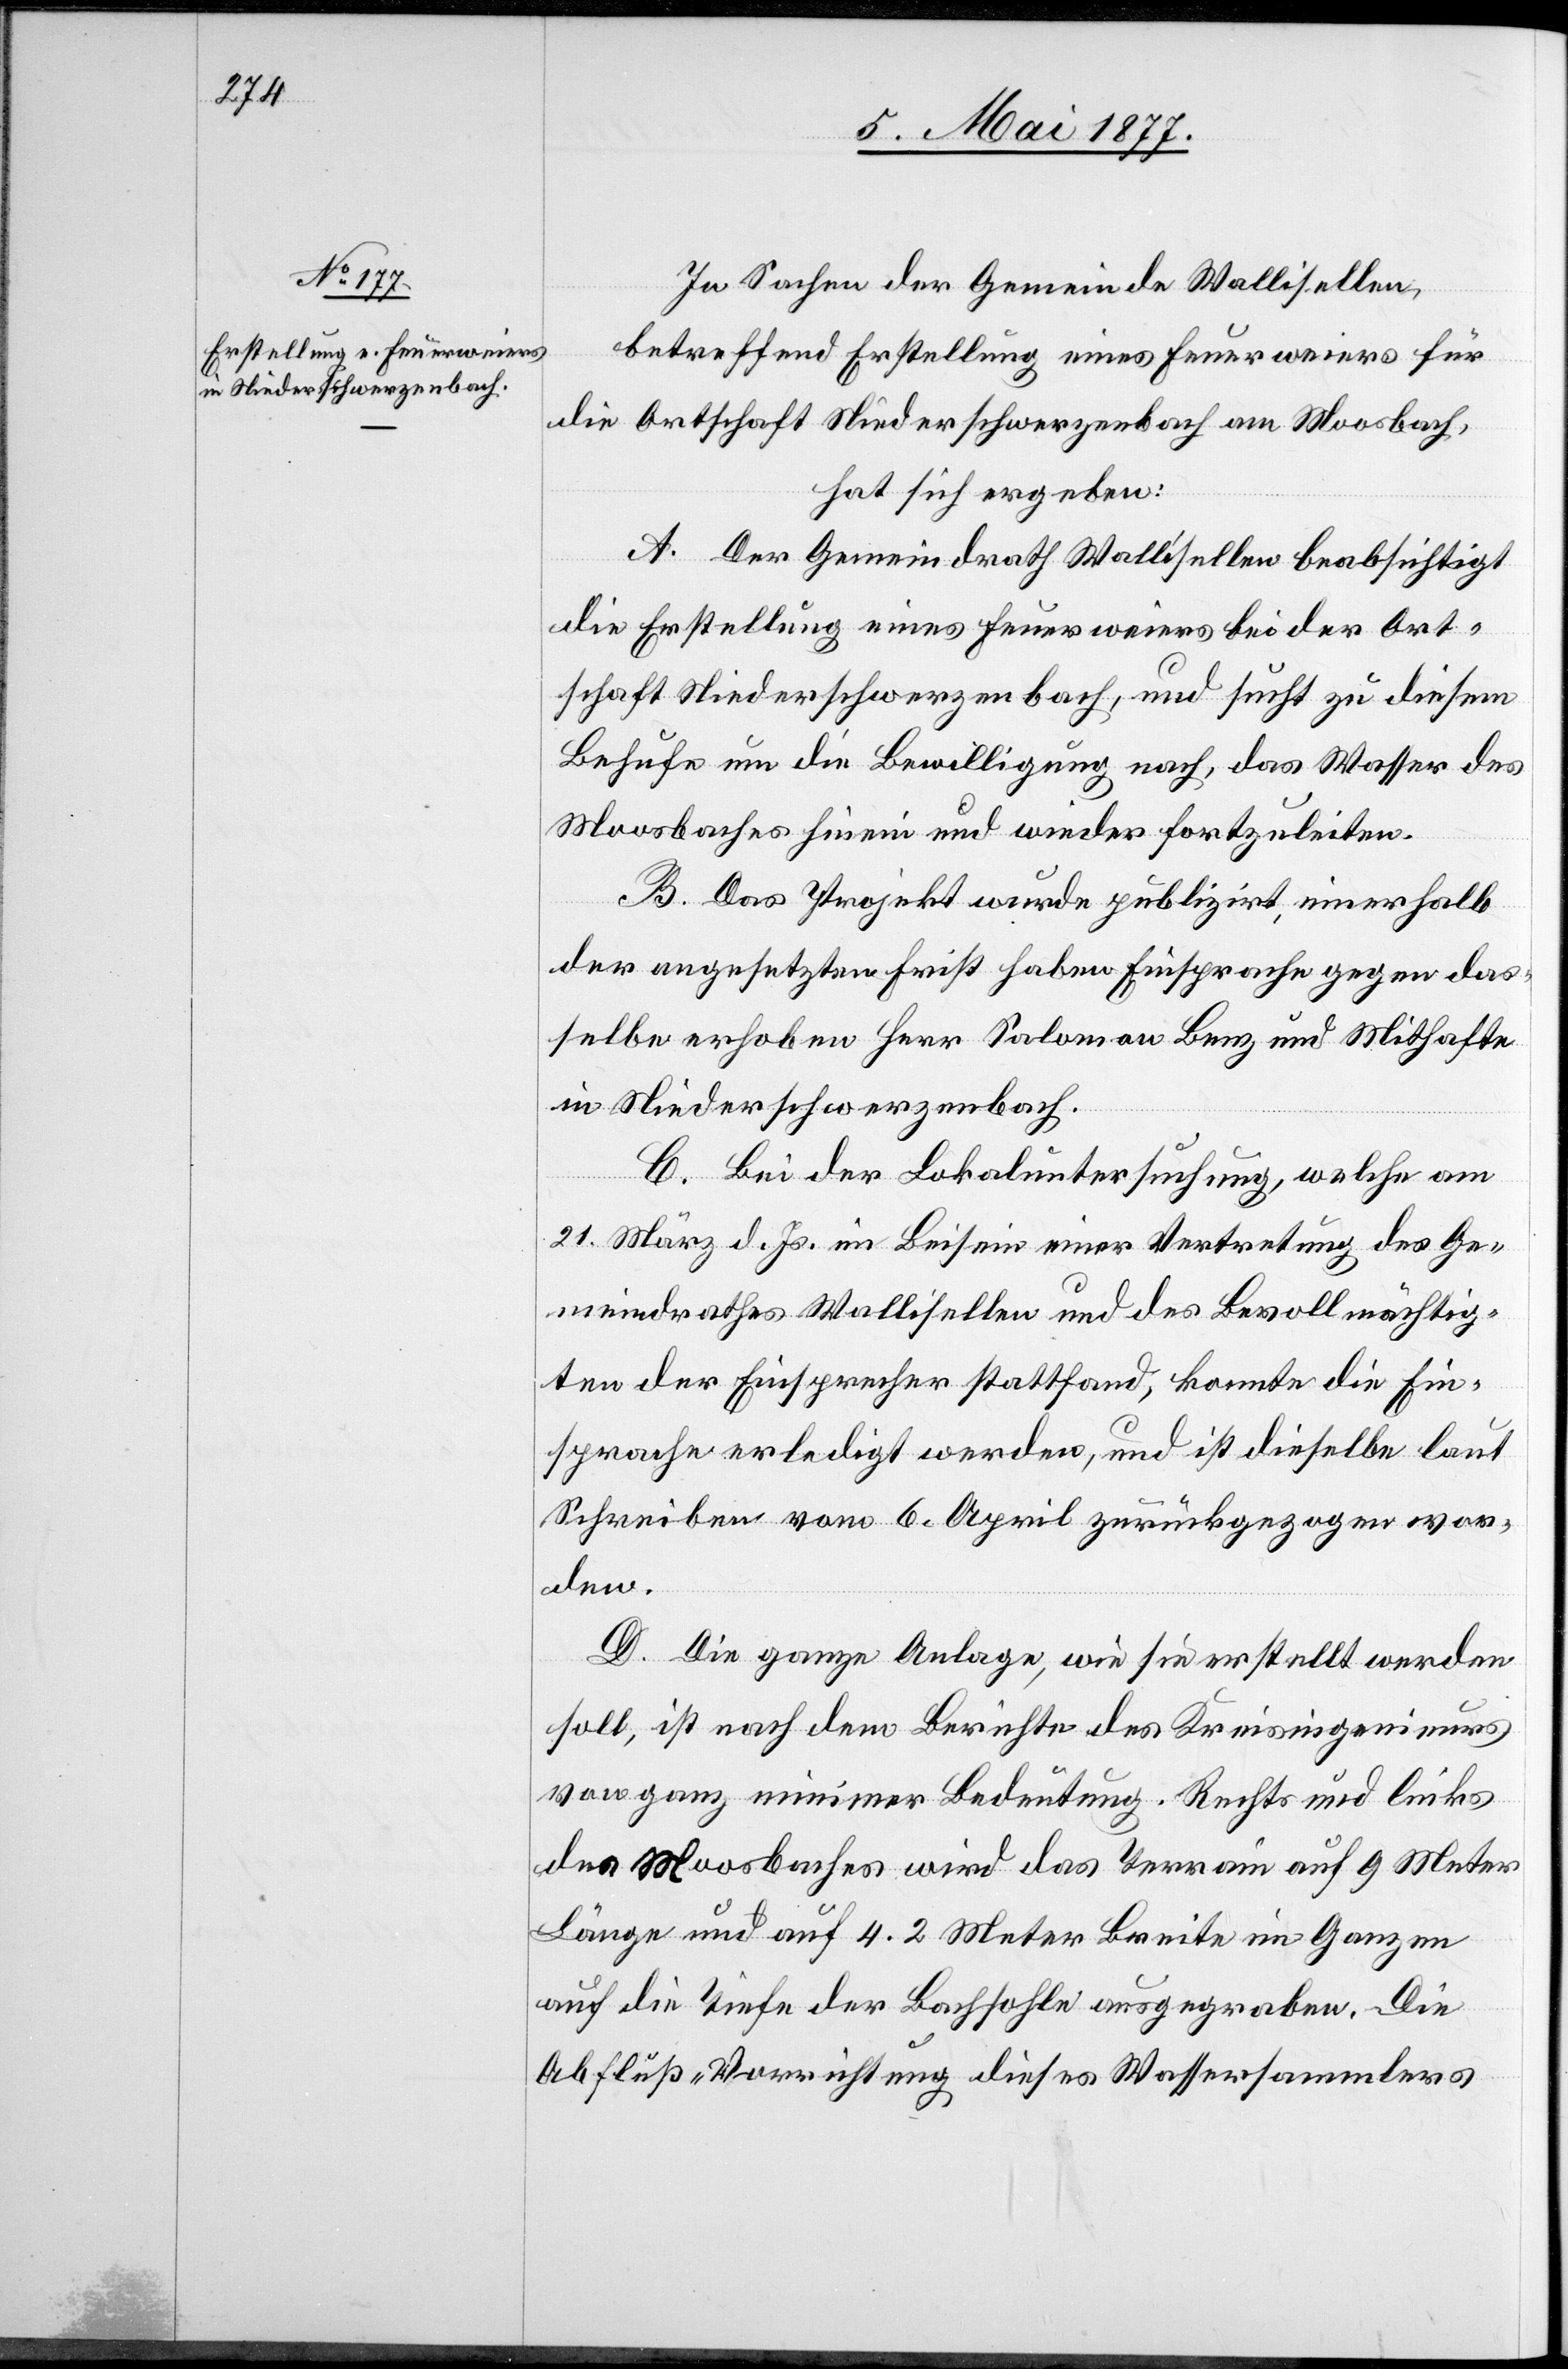
In Sachen der Gemeinde Wallisellen,
betreffend Erstellung eines Feuerweiers für
die Ortschaft Niederschwerzenbach am Moosbach,
hat sich ergeben:
A. Der Gemeindrath Wallisellen beabsichtigt
die Erstellung eines Feuerweiers bei der Ort¬
schaft Niederschwerzenbach, und sucht zu diesem
Behufe um die Bewilligung nach, das Wasser des
Moosbaches hinein und wieder fortzuleiten.
B. Das Projekt wurde publizirt, innerhalb
der angesetzten Frist haben Einsprache gegen das¬
selbe erhoben Herr Salomon Benz und Mithafte
in Niederschwerzenbach.
C. Bei der Lokaluntersuchung, welche am
21. März d. Js. im Beisein einer Vertretung des Ge¬
meindrathes Wallisellen und des Bevollmächtig¬
ten der Einsprecher stattfand, konnte die Ein¬
sprache erledigt werden, und ist dieselbe laut
Schreiben vom 6. April zurückgezogen wor¬
den.
D. Die ganze Anlage, wie sie erstellt werden
soll, ist nach dem Berichte des Kreisingenieurs
von ganz minimer Bedeutung. Rechts und links
des Moosbaches wird das Terrain auf 9 Meter
Länge und auf 4.2 Meter Breite im Ganzen
auf die Tiefe der Bachsohle ausgegraben. Die
Abfluß-Vorrichtung dieses Wassersammlers